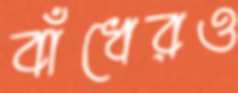
বাঁধেরও